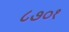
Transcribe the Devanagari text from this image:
८७०१